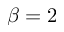
\beta = 2